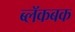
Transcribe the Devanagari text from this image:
ब्लॅकबक